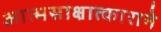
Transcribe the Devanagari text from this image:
आत्मसाक्षात्काराने